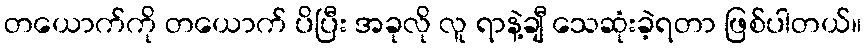
တယောက်ကို တယောက် ပိပြီး အခုလို လူ ရာနဲ့ချီ သေဆုံးခဲ့ရတာ ဖြစ်ပါတယ်။